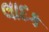
લાદક